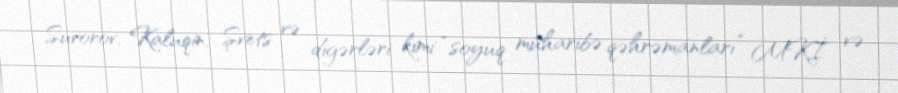
Suvorov, Kaluqin, Şvets və digərləri kimi “soyuq müharibə qəhrəmanları” MKİ və